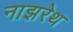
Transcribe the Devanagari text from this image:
नाझरेथ